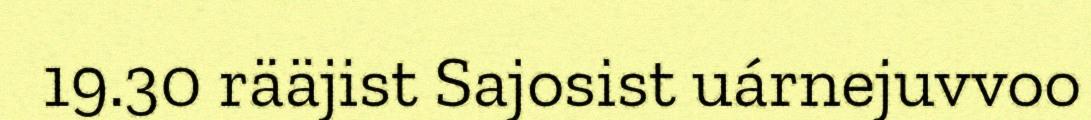
19.30 rääjist Sajosist uárnejuvvoo